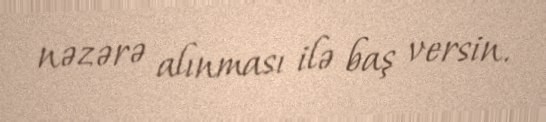
nəzərə alınması ilə baş versin.